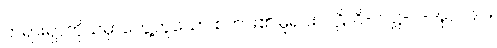
တရားရှာကိုယ်မှာတွေ့ဟူသော စကား၏ မူရင်း ပါဠိ၊ ဝိ-၁-ဋ္ဌ-ပ-အုပ်-၉၀။